Lunatic asylums in Bengal annual reports 1899-1911 - 1899-1911
Year: 1899
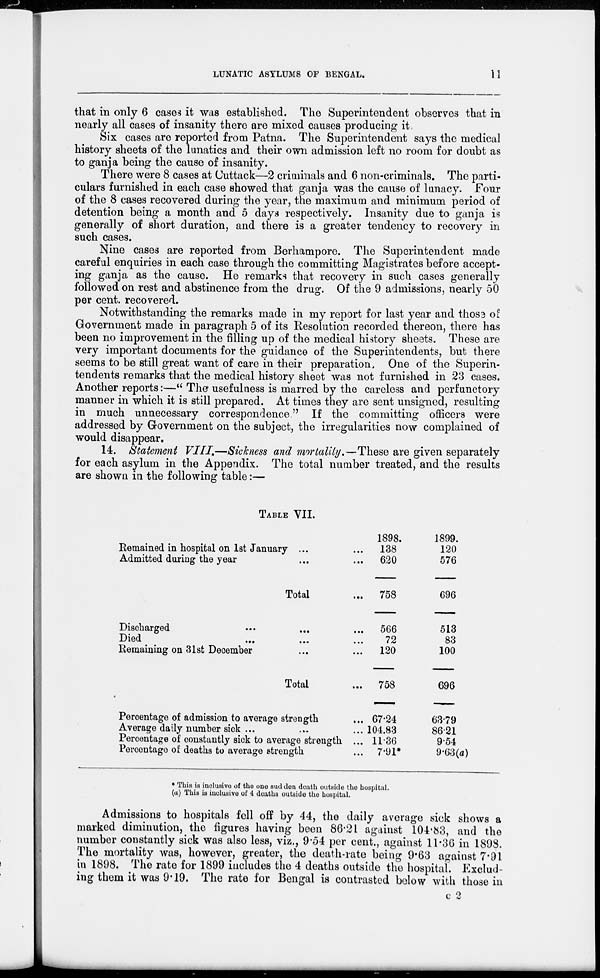
LUNATIC ASYLUMS OF BENGAL.
11
that in only 6 cases it was established. The Superintendent observes that in
nearly all cases of insanity there are mixed causes producing it.
Six cases are reported from Patna. The Superintendent says the medical
history sheets of the lunatics and their own admission left no room for doubt as
to ganja being the cause of insanity.
There were 8 cases at Cuttack—2 criminals and 6 non-criminals. The parti-
culars furnished in each case showed that ganja was the cause of lunacy. Four
of the 8 cases recovered during the year, the maximum and minimum period of
detention being a month and 5 days respectively. Insanity due to ganja is
generally of short duration, and there is a greater tendency to recovery in
such cases.
Nine cases are reported from Berhampore. The Superintendent made
careful enquiries in each case through the committing Magistrates before accept-
ing ganja as the cause. He remarks that recovery in such cases generally
followed on rest and abstinence from the drug. Of the 9 admissions, nearly 50
per cent. recovered.
Notwithstanding the remarks made in my report for last year and those of
Government made in paragraph 5 of its Resolution recorded thereon, there has
been no improvement in the filling up of the medical history sheets. These are
very important documents for the guidance of the Superintendents, but there
seems to be still great want of care in their preparation. One of the Superin-
tendents remarks that the medical history sheet was not furnished in 23 cases.
Another reports:—" The usefulness is marred by the careless and perfunctory
manner in which it is still prepared. At times they are sent unsigned, resulting
in much unnecessary correspondence." If the committing officers were
addressed by Government on the subject, the irregularities now complained of
would disappear.
14. Statement VIII.—Sickness and mortality.—These are given separately
for each asylum in the Appendix. The total number treated, and the results
are shown in the following table:—
TABLE VII.
Remained in hospital on 1st January ... ...
Admitted during the year ... ...
Total ...
Discharged ... ... ...
Died ... ... ...
Remaining on 31st December ... ...
Total ...
Percentage of admission to average strength ...
Average daily number sick ... ... ...
Percentage of constantly sick to average strength ...
Percentage of deaths to average strength ...
1898.
138
620
758
566
72
120
758
67.24
104.83
11.36
7.91*
1899.
120
576
696
513
83
100
696
63.79
86.21
9.54
9.63(a)
* This is inclusive of the one sudden death outside the hospital.
(a) This is inclusive of 4 deaths outside the hospital.
Admissions to hospitals fell off by 44, the daily average sick shows a
marked diminution, the figures having been 86.21 against 104.83, and the
number constantly sick was also less, viz., 9.54 per cent., against 11.36 in 1898.
The mortality was, however, greater, the death-rate being 9.63 against 7.91
in 1898. The rate for 1899 includes the 4 deaths outside the hospital. Exclud-
ing them it was 9.19. The rate for Bengal is contrasted below with those in
C 2